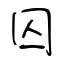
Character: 囚